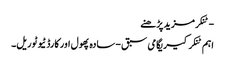
- ٹنکرمزید پڑھنے
اہم ٹنکرکیریگامی سبق - سادہ پھول اور کارڈ ٹیوٹوریل۔